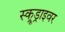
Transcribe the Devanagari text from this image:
स्क्रूड्राइवर